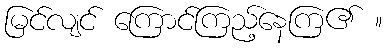
မြင်လျင် ကြောင်ကြည့်နေကြ၏ ။